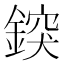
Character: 𨨷